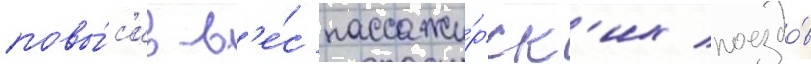
повы́с'ив в'е́с пассажи́рск'их поездо́в